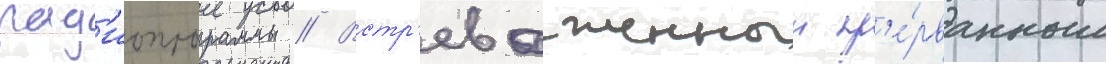
рад'иопрограммы // Встр'евоженныи пр'е́рванным